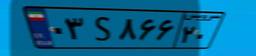
۶۸S۵۱۷۷۴